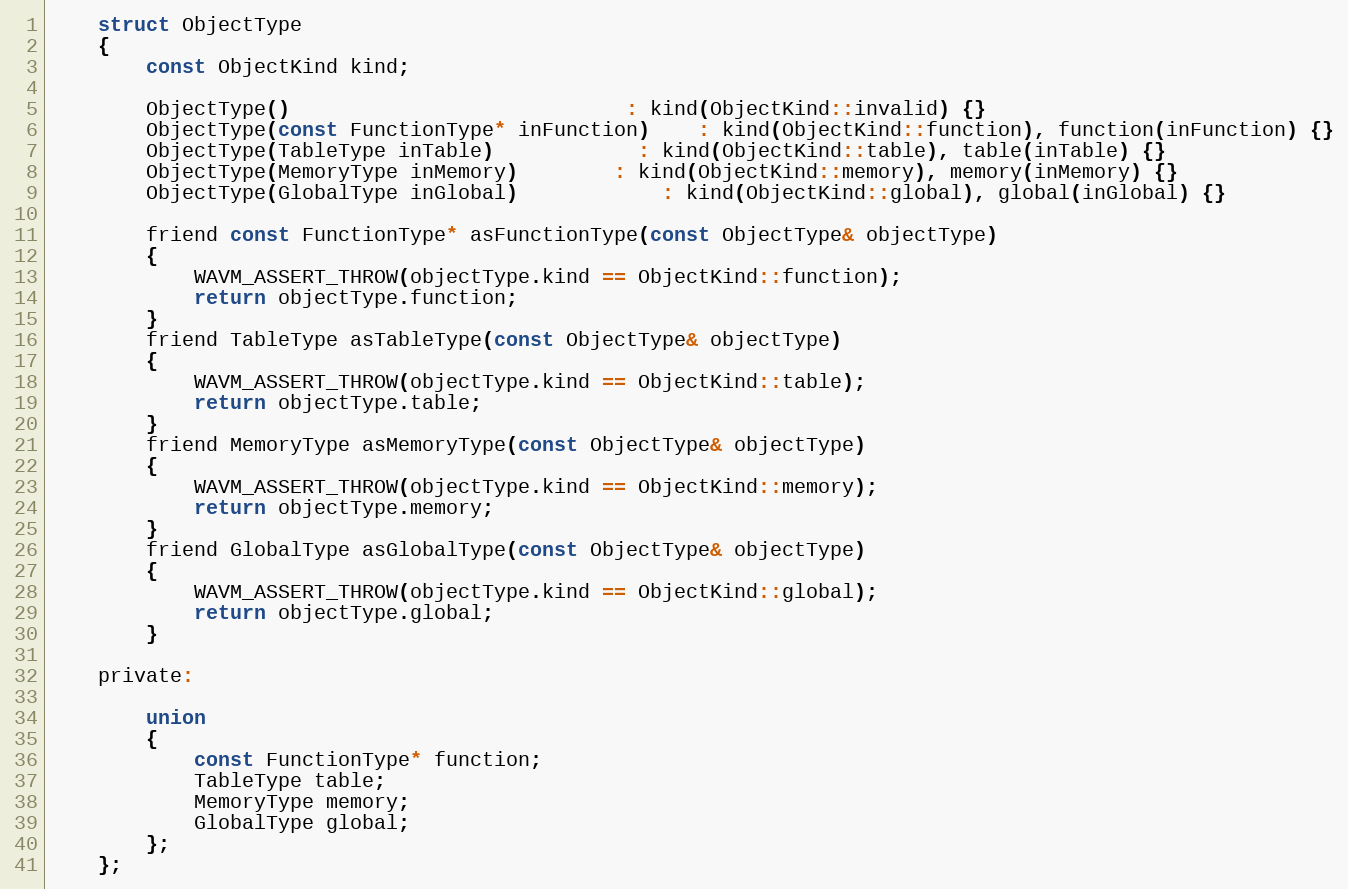
Language: C
	struct ObjectType
	{
		const ObjectKind kind;

		ObjectType()							: kind(ObjectKind::invalid) {}
		ObjectType(const FunctionType* inFunction)	: kind(ObjectKind::function), function(inFunction) {}
		ObjectType(TableType inTable)			: kind(ObjectKind::table), table(inTable) {}
		ObjectType(MemoryType inMemory)		: kind(ObjectKind::memory), memory(inMemory) {}
		ObjectType(GlobalType inGlobal)			: kind(ObjectKind::global), global(inGlobal) {}

		friend const FunctionType* asFunctionType(const ObjectType& objectType)
		{
			WAVM_ASSERT_THROW(objectType.kind == ObjectKind::function);
			return objectType.function;
		}
		friend TableType asTableType(const ObjectType& objectType)
		{
			WAVM_ASSERT_THROW(objectType.kind == ObjectKind::table);
			return objectType.table;
		}
		friend MemoryType asMemoryType(const ObjectType& objectType)
		{
			WAVM_ASSERT_THROW(objectType.kind == ObjectKind::memory);
			return objectType.memory;
		}
		friend GlobalType asGlobalType(const ObjectType& objectType)
		{
			WAVM_ASSERT_THROW(objectType.kind == ObjectKind::global);
			return objectType.global;
		}

	private:

		union
		{
			const FunctionType* function;
			TableType table;
			MemoryType memory;
			GlobalType global;
		};
	};